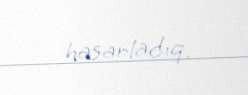
hasarladıq.